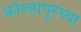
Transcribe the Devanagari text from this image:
कोल्हापूरच्‍या